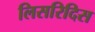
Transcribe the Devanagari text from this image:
लिसरिदिस